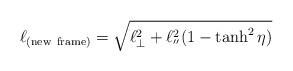
LaTeX: \begin{align*}\ell_{(\rm new \ frame)}=\sqrt{\ell^2_\bot+\ell^2_{''}(1-\tanh^2\eta) }\end{align*}